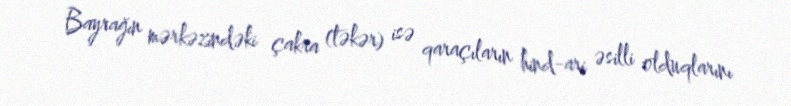
Bayrağın mərkəzindəki çakra (təkər) isə qaraçıların hind-ari əsilli olduqlarını